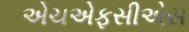
એચએફસીએસ